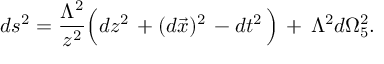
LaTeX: d s ^ { 2 } = \frac { \Lambda ^ { 2 } } { z ^ { 2 } } \Big ( d z ^ { 2 } \, + ( d \vec { x } ) ^ { 2 } \, - d t ^ { 2 } \, \Big ) \, + \, \Lambda ^ { 2 } d \Omega _ { 5 } ^ { 2 } .